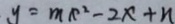
y = m x ^ { 2 } - 2 x + n